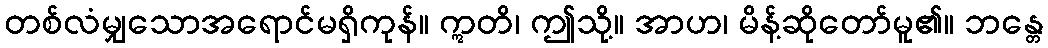
တစ်လံမျှသောအရောင်မရှိကုန်။ ဣတိ၊ ဤသို့။ အာဟ၊ မိန့်ဆိုတော်မူ၏။ ဘန္တေ